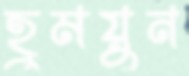
হুময়ুন